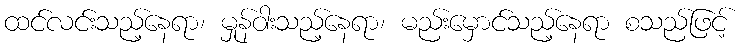
ထင်လင်းသည့်နေရာ၊ မှုန်ဝါးသည့်နေရာ၊ မည်းမှောင်သည့်နေရာ စသည်ဖြင့်